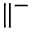
\parallel ^ { - }